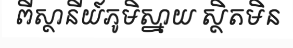
ពីស្ថានីយ៍ភូមិស្នាយ ស្ថិតមិន